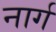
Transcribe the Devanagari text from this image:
नार्ग